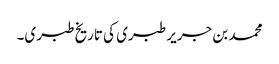
محمد بن جریر طبری کی تاریخ طبری۔